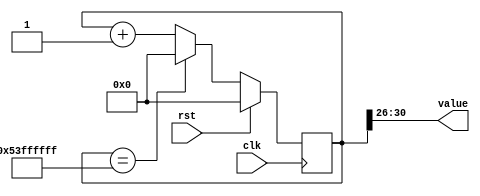
/*
   This file was generated automatically by the Mojo IDE version B1.3.5.
   Do not edit this file directly. Instead edit the original Lucid source.
   This is a temporary file and any changes made to it will be destroyed.
*/

/*
   Parameters:
     SIZE = 5
     DIV = 26
     TOP = 20
     UP = 1
*/
module counter_22 (
    input clk,
    input rst,
    output reg [4:0] value
  );
  
  localparam SIZE = 3'h5;
  localparam DIV = 5'h1a;
  localparam TOP = 5'h14;
  localparam UP = 1'h1;
  
  
  reg [30:0] M_ctr_d, M_ctr_q = 1'h0;
  
  localparam MAX_VALUE = 31'h53ffffff;
  
  always @* begin
    M_ctr_d = M_ctr_q;
    
    value = M_ctr_q[26+4-:5];
    if (1'h1) begin
      M_ctr_d = M_ctr_q + 1'h1;
      if (1'h1 && M_ctr_q == 31'h53ffffff) begin
        M_ctr_d = 1'h0;
      end
    end else begin
      M_ctr_d = M_ctr_q - 1'h1;
      if (1'h1 && M_ctr_q == 1'h0) begin
        M_ctr_d = 31'h53ffffff;
      end
    end
  end
  
  always @(posedge clk) begin
    if (rst == 1'b1) begin
      M_ctr_q <= 1'h0;
    end else begin
      M_ctr_q <= M_ctr_d;
    end
  end
  
endmodule